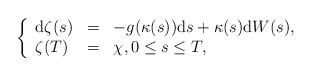
LaTeX: \begin{align*}\left\{\begin{array}{lll}\mathrm{d}\zeta (s) & = & -g(\kappa (s))\mathrm{d}s+\kappa (s)\mathrm{d}W(s),\\\zeta (T) & = & \chi ,0\leq s\leq T,\end{array}\right. \end{align*}